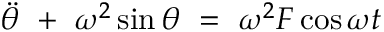
\Ddot { \theta } \ + \ \omega ^ { 2 } \sin { \theta } \ = \ \omega ^ { 2 } F \cos { \omega t }